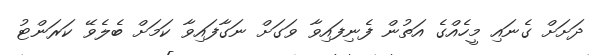
ދަށަށް ގެނައި މީހެއްގެ އަތުން ފެނިފައިވާ ވަގަށް ނަގާފައިވާ ކަމަށް ބެލެވޭ ކަރަންޓު